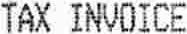
TAX INVOICE